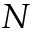
N